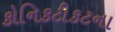
કોનિકટીકટના